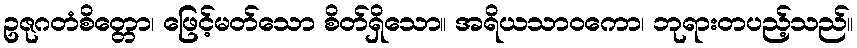
ဥဇုဂတံစိတ္တော၊ ဖြေင့်မတ်သော စိတ်ရှိသော။ အရိယသာဝကော၊ ဘုရားတပည့်သည်။